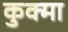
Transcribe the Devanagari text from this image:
कुक्मा